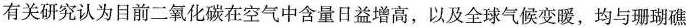
有关研究认为目前二氧化碳在空气中含量日益增高，以及全球气候变暖，均与珊瑚礁